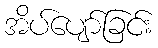
အိပ်ပျော်ခြင်း